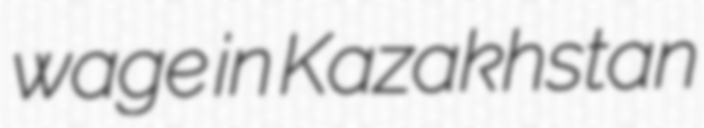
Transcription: wage in Kazakhstan